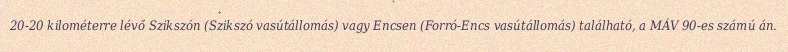
20-20 kilométerre lévő Szikszón (Szikszó vasútállomás) vagy Encsen (Forró-Encs vasútállomás) található, a MÁV 90-es számú án.